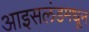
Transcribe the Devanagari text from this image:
आइसलंडमधून